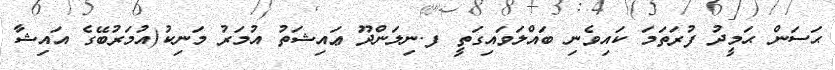
ޙަސަން ޙަމީދު ފުރަތަމަ ކައިވެނި ބައްލަވައިގަތީ ފ.ނިލަންދޫ ޢައިޝަތު އުމަރު މަނިކު(އުމަރުބޭގެ އައިޝާ